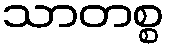
သာတစ္စ